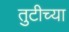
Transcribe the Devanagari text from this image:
तुटीच्या